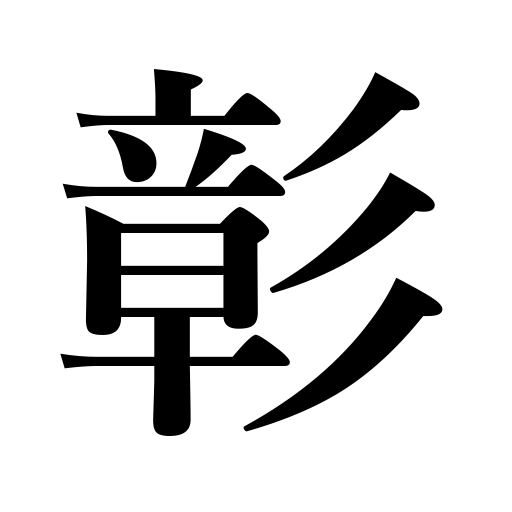
Meanings: clear